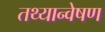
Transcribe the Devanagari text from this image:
तथ्यान्वेषण